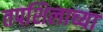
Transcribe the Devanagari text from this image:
तपशिलाच्या